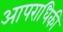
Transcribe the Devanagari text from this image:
आपराधिकी